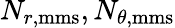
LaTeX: N_{r,\textrm{mms}},N_{\theta,\textrm{mms}}